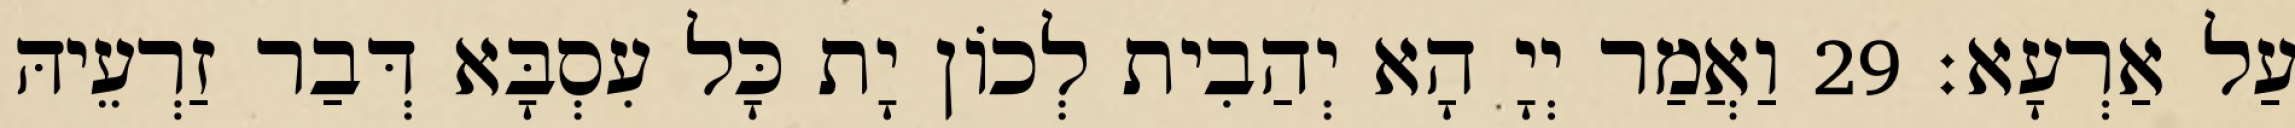
עַל אַרְעָא׃ 29 וַאֲמַר יְיָ הָא יְהַבִית לְכוֹן יָת כָּל עִסְבָּא דְּבַר זַרְעֵיהּ